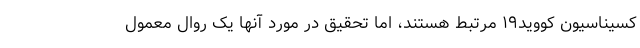
کسیناسیون کووید۱۹ مرتبط هستند، اما تحقیق در مورد آنها یک روال معمول